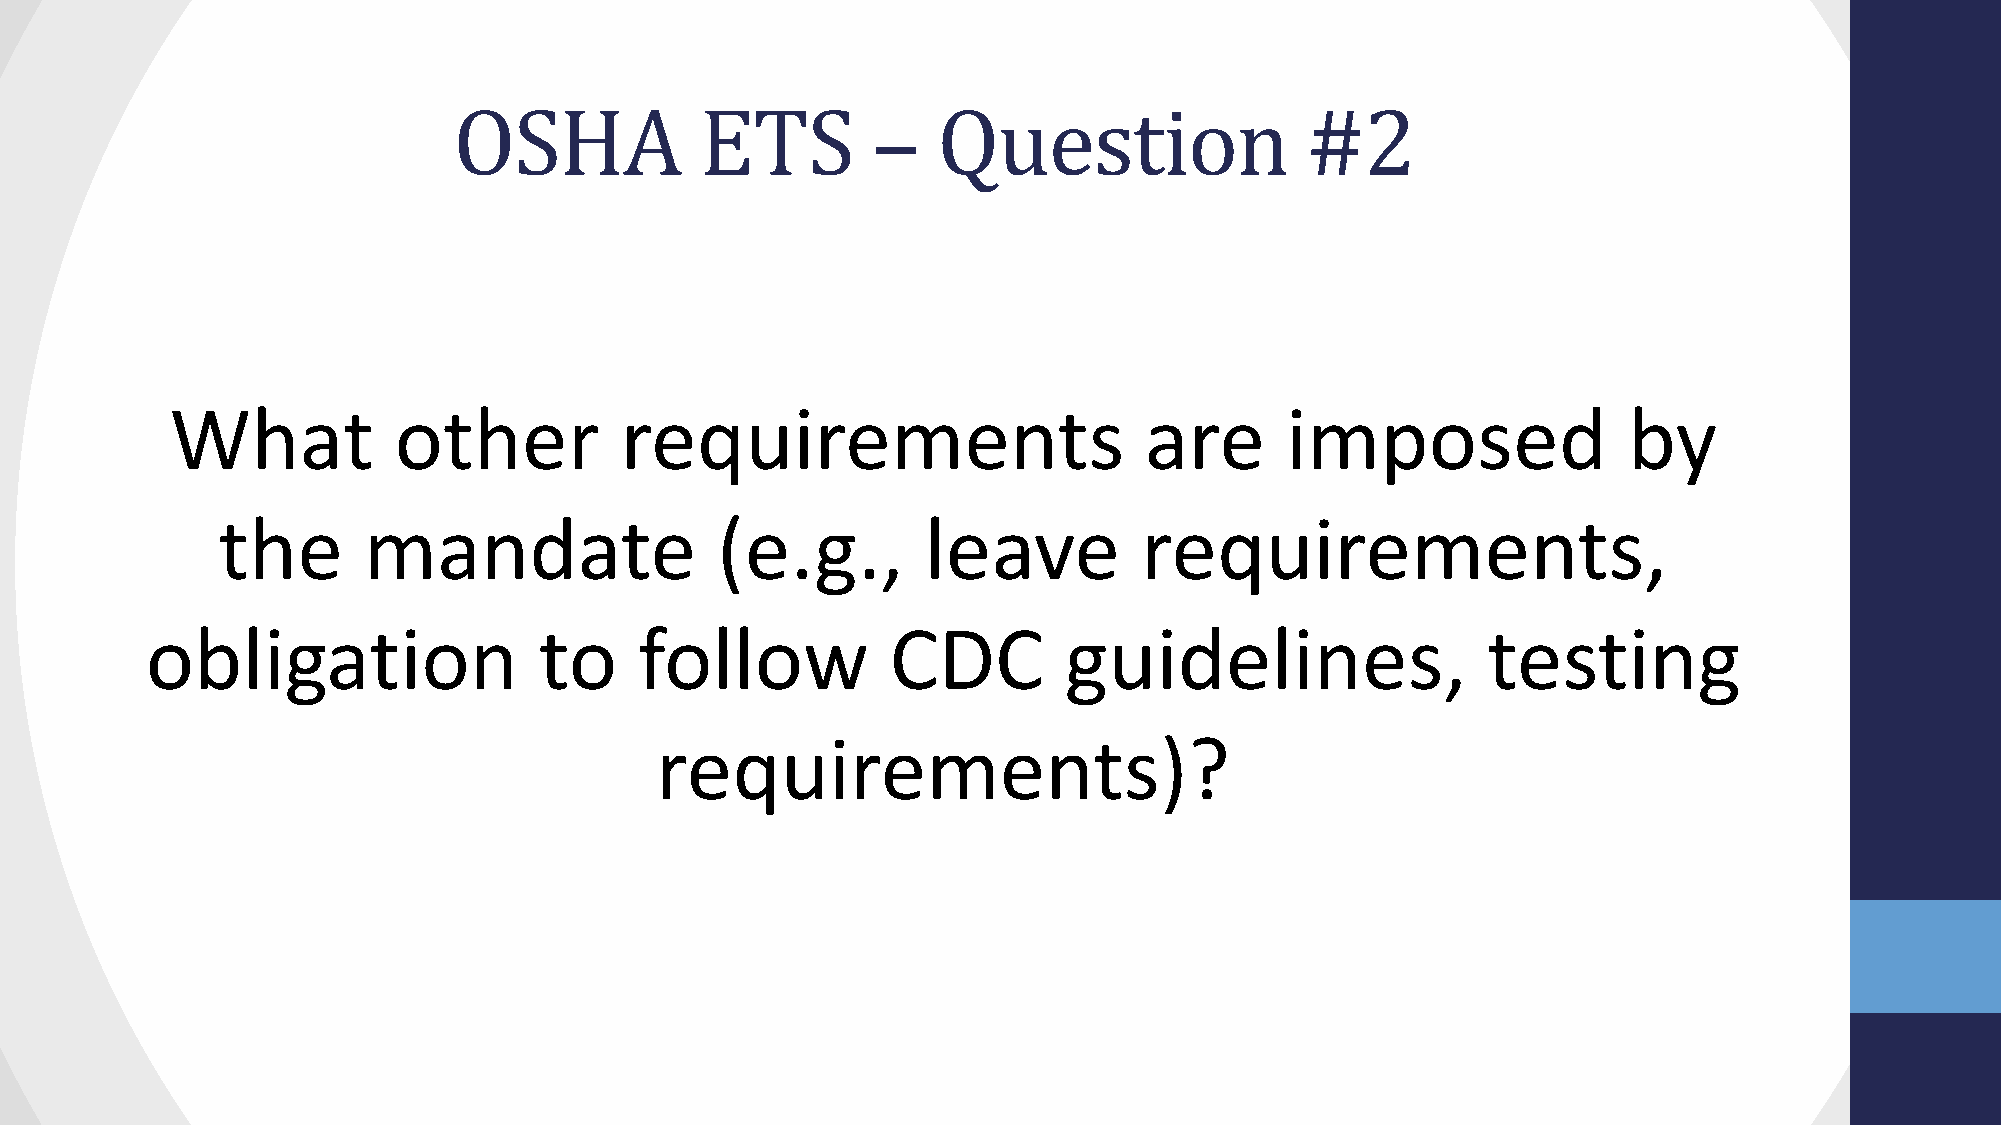
OSHA            ETS         –   Question                #2
 What           other          requirements                       are      imposed                by
 the       mandate                (e.g.,        leave         requirements,
 obligation                to    follow           CDC        guidelines,                 testing
 requirements)?